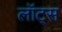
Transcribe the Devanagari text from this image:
लॉट्स